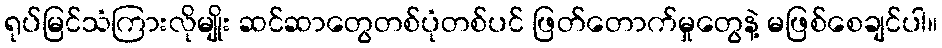
ရုပ်မြင်သံကြားလိုမျိုး ဆင်ဆာတွေတစ်ပုံတစ်ပင် ဖြတ်တောက်မှုတွေနဲ့ မဖြစ်စေချင်ပါ။